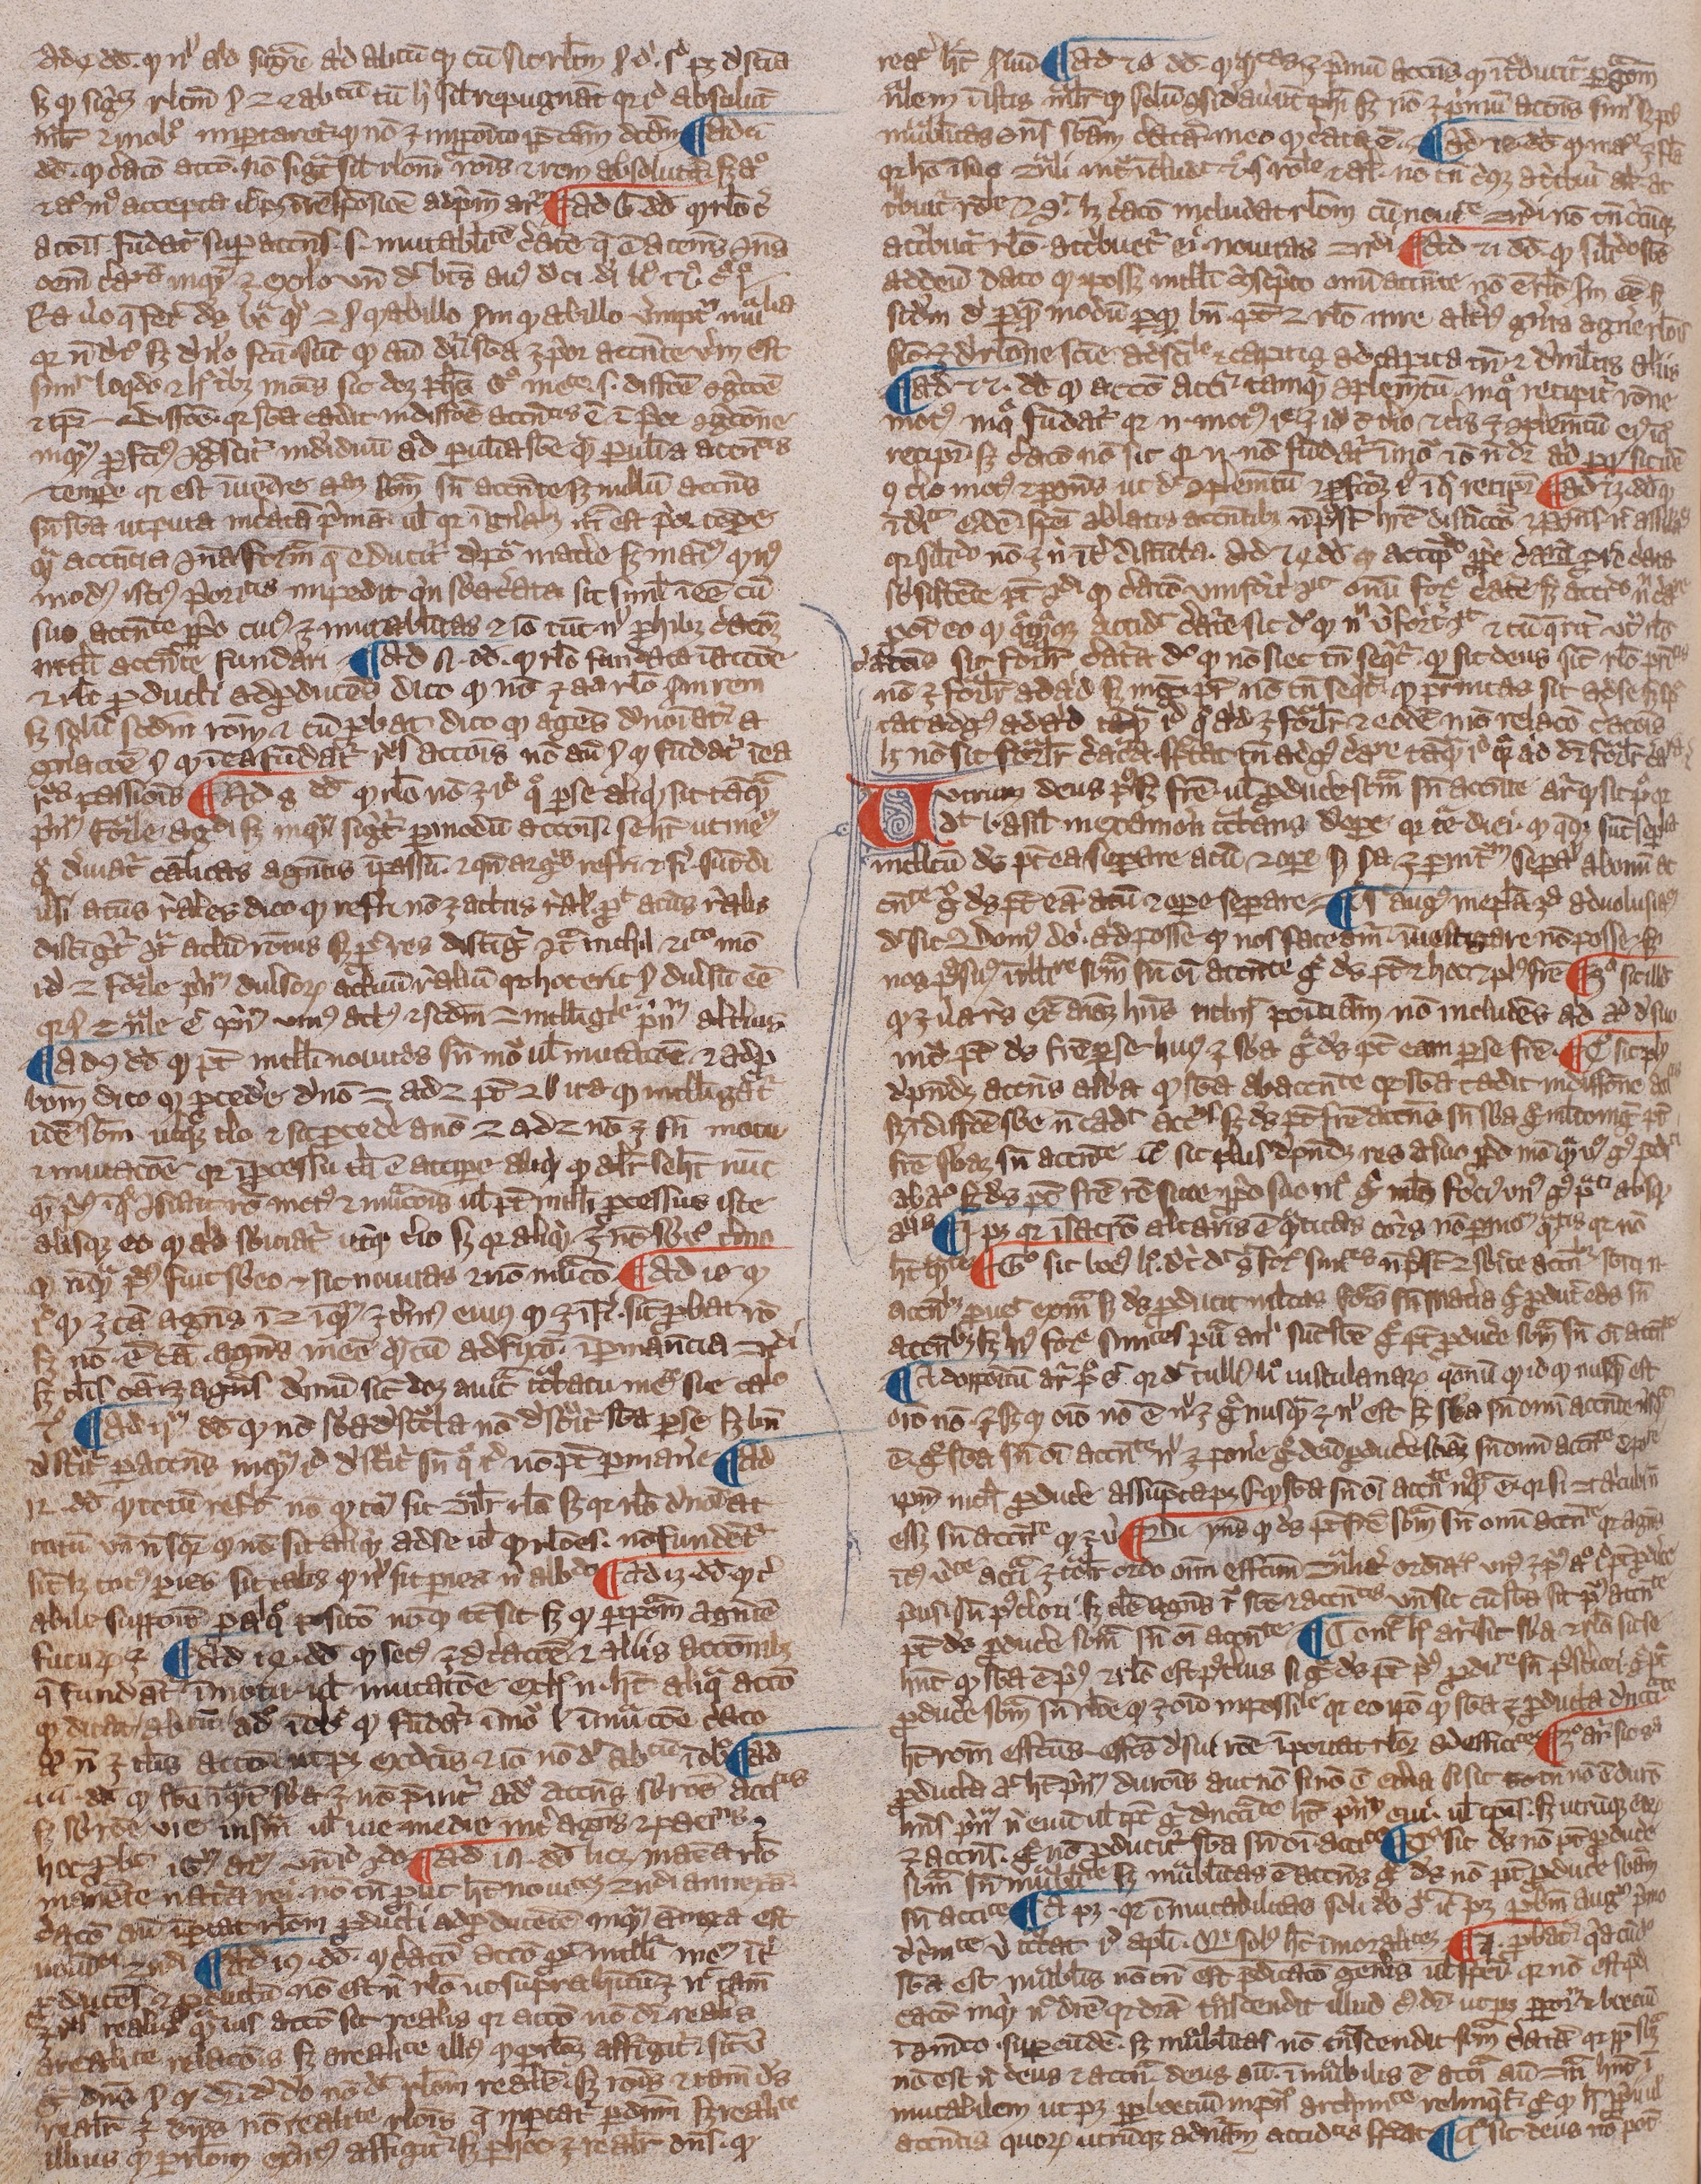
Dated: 1300–1399